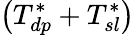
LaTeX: \left(T_{dp}^{*}+T_{sl}^{*}\right)